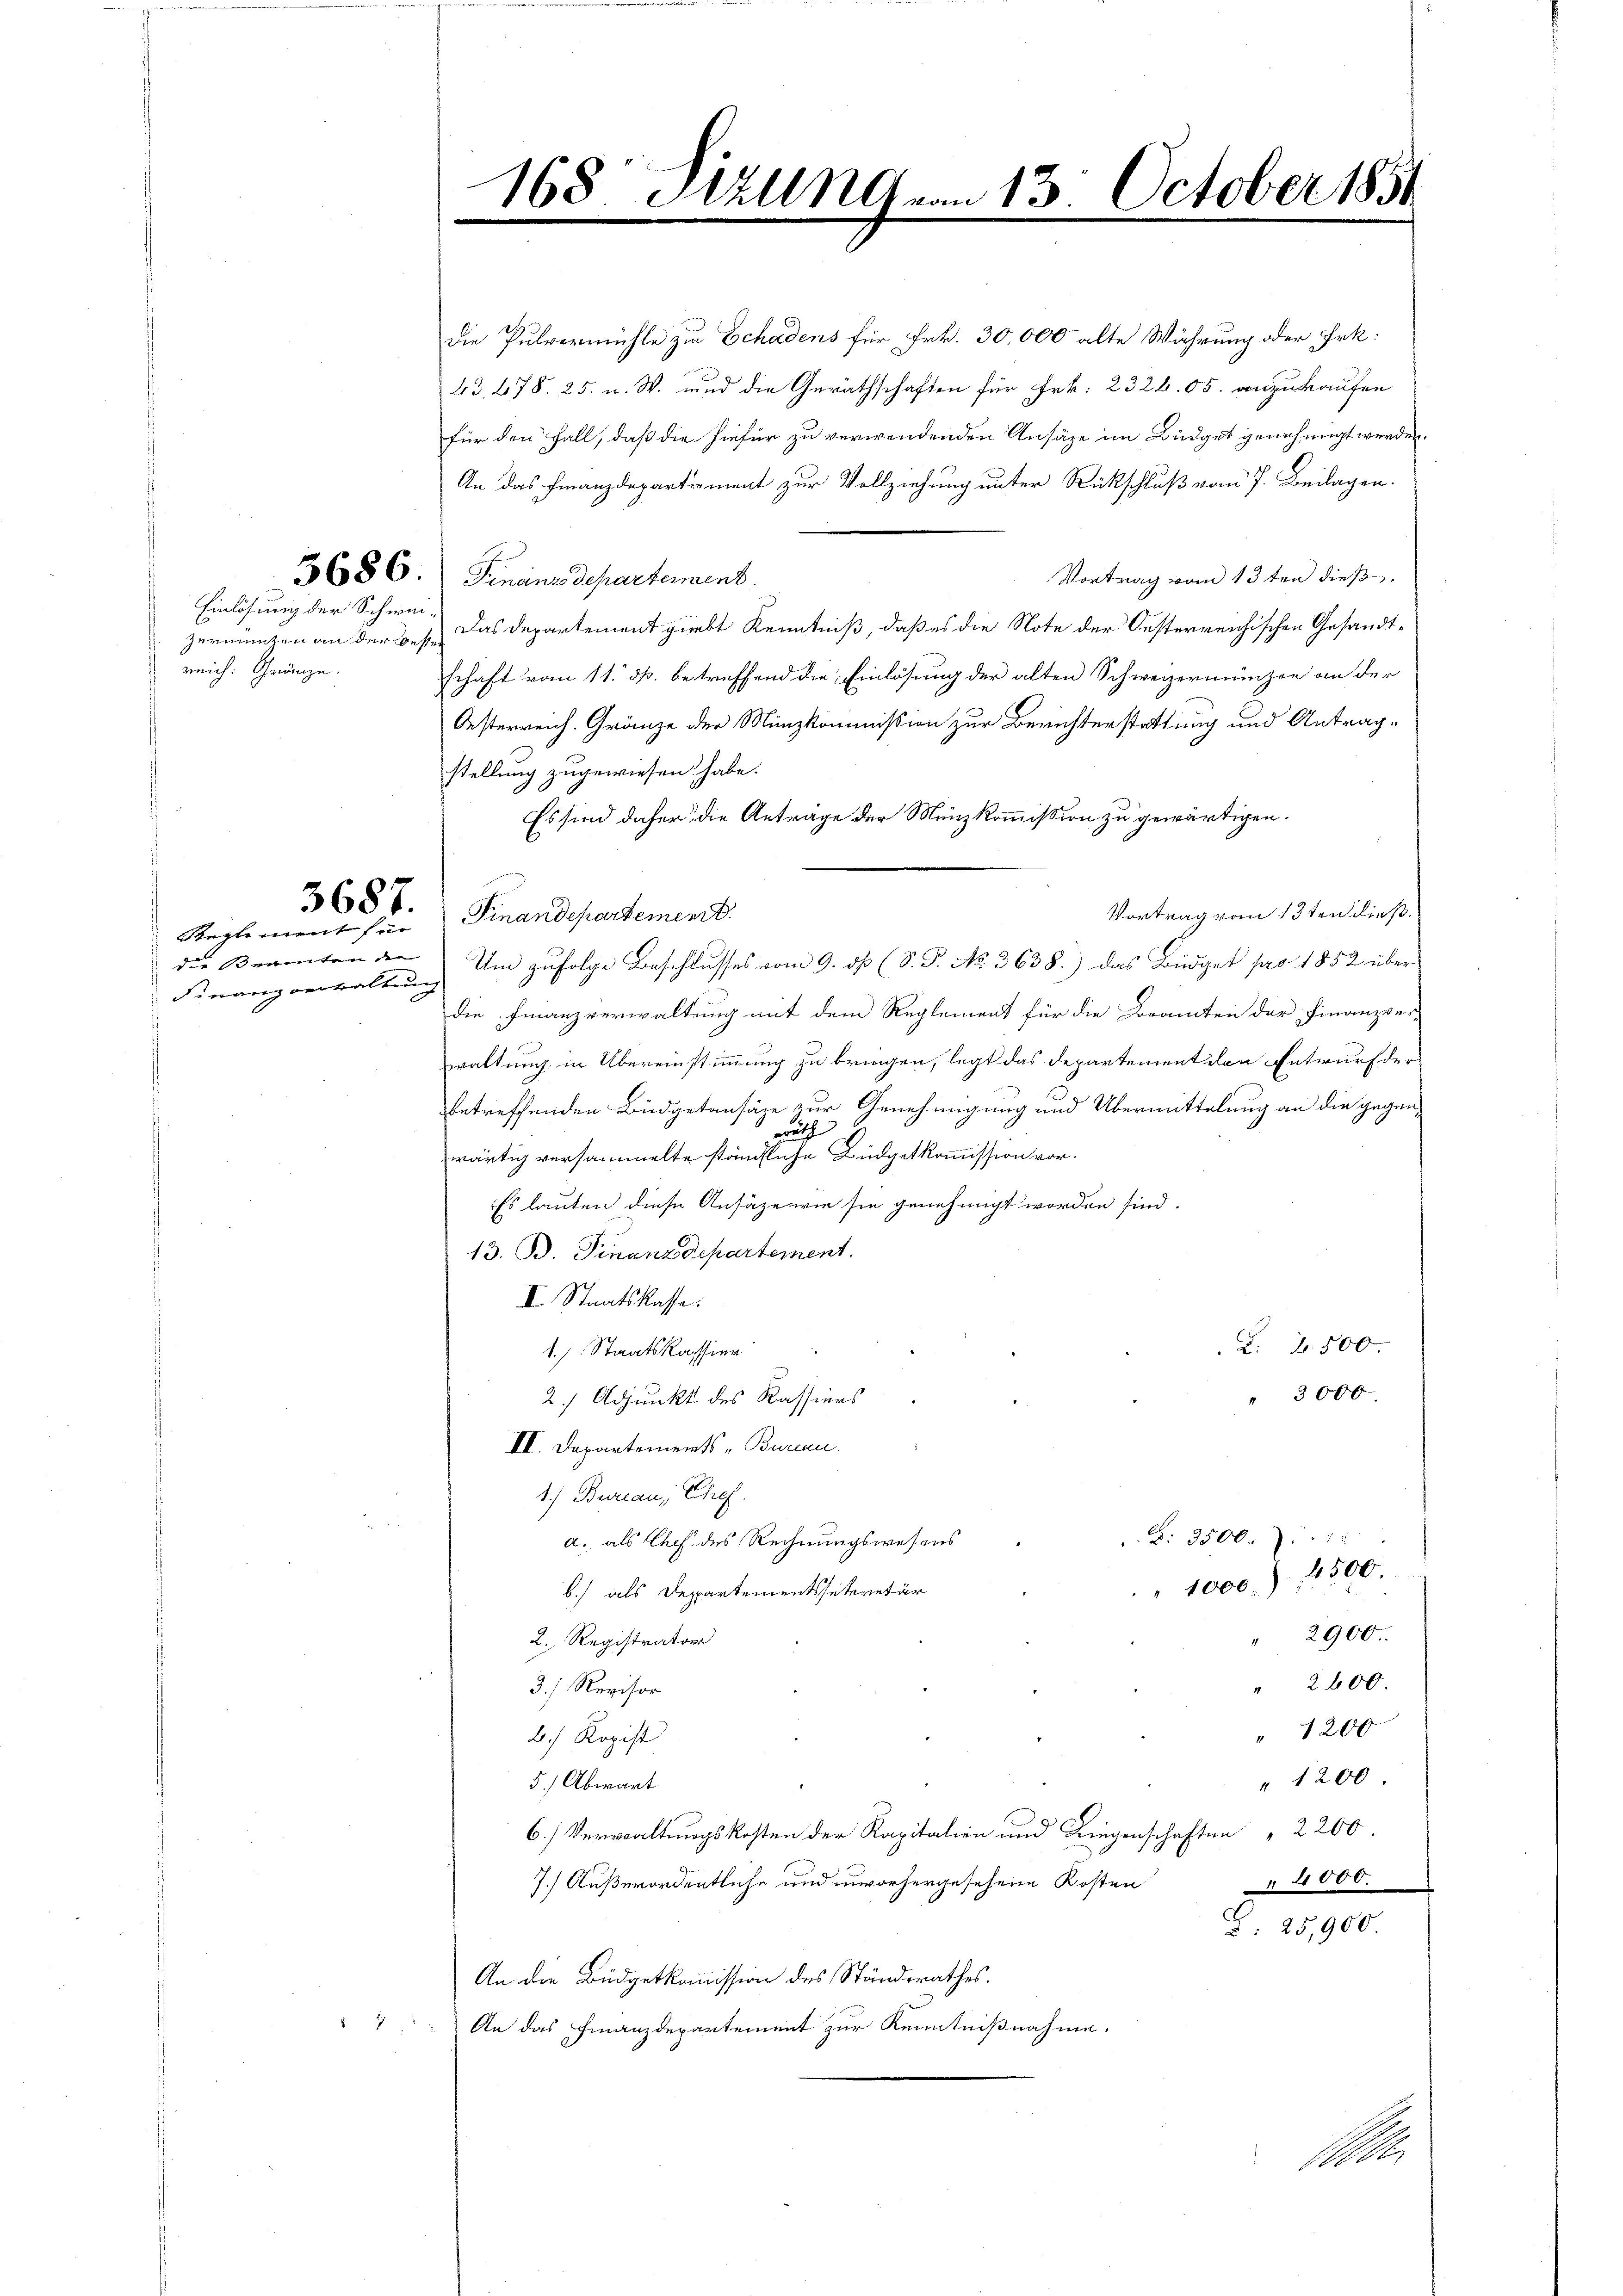
Einlösung der Schwei¬

reich: Gränze.

3687.
Reglement für

die Bedenten der
Finanzverwaltung

8

die Pulvermühle zu Schadens für Frk. 30,000 alte Währung oder Frk.
43. 678. 25. u. W. und die Geräthschaften für Frk. 2326.05. anzukaufen
für den Fall, daß die hiefür zu verwendenden Ansäze im Büdget genehmigt werden.
An das Finanzdepartement zur Vollziehung unter Rückschluß vom 7. Beilagen.
3686. Finanzdepartement.
Vortrag vom 13ten dieß
zermünzen an der des Das Departement giebt Kenntniß, daß es die Note der Oesterreichischen Gesandtschaft vom 11. ds. betreffend die Einlösung der alten Schweizermünzen an der
Oesterreich. Gränze der Münzkommission zur Berichterstattung und Antragstellung zugewiesen habe.
Es sind daher die Anträge der Münzkommission zu gewärtigen.
Vortrag vom 13ten dieß.
Finandepartement
die Finanzverwaltung mit dem Reglement für die Beamten der Finanzver-
waltung in Übereinstimmung zu bringen, legt das Departementilen Entwurf der
betreffenden Büdgetansäze zur Genehmigung und Übermittelung an die gegens
2
wärtig versammelte ständliche Büdgetkommission vor.
Es lauten diese Ansäze wie sie genehmigt worden sind.
13. B. Finanzdepartement.
II. Staatskasse.
L. 2. 500.
1. s. Staatskassier
" 3000
2/ Adjunkt des Kassiers
II. Departements-Bureau.
1.) Bureau, Chef.
B: 3500.
a. als Chef des Rechnungswesens
4500.
" 1000.)
b.) als Departementssitzretär
" 2900.
2. Registrator
" 2600.
3.) Revisor
" 1200
A.) Ropist
" 1200.
5.) Abwart
6.) Verwaltungskosten der Kapitalien und Liegenschaften " 2200.
4000.
7.) Außerordentliche und unvorhergesehene Kosten
§. 25,900.
An die Büdgetkommission des Ständerathes.
An das Finanzdepartement zur Kenntnißnahme.

168 Stzung
.

Um zufolge Beschlusses vom 9. dß (S. S. No. 3638.) das Büdget pro 1852 über

13. October 1851

M